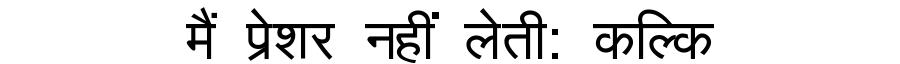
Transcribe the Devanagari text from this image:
मैं प्रेशर नहीं लेती: कल्कि